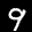
Label: 9